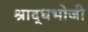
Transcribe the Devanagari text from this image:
श्राद्धभोजी